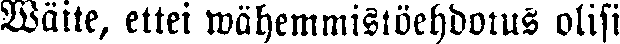
Wäite, ettei wähemmistöehdotus olisi